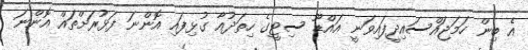
އެ ބިން ހަމަޖައްސައިދީފައިވަނީ އައްޑޫ ސިޓީގެ ހިތަދުއާ ގުޅިފައި އޮންނަ ފަޅުރަށްތައް އޮންނަ